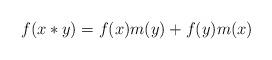
LaTeX: \begin{align*}f(x*y)= f(x) m(y)+f(y) m(x)\end{align*}